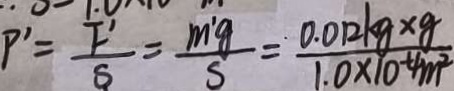
P ^ { \prime } = \frac { F ^ { \prime } } { S } = \frac { m ^ { \prime } g } { s } = \frac { . 0 . 0 1 2 k g \times g } { 1 . 0 \times 1 0 ^ { 4 } m ^ { 2 } }